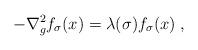
LaTeX: \begin{align*} -\nabla_{g}^2 f_{\sigma}(x) = \lambda(\sigma) f_{\sigma}(x) \;,\end{align*}